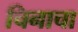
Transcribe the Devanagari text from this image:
चिनाचा